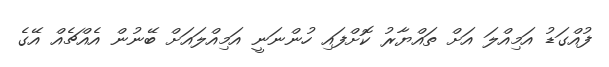
ފުއްގަޑު އަމިއްލަ އަށް ތައްޔާރު ކޮށްފައި ހުންނަނީ އަމިއްލައަށް ބޭނުން އެއްޗެއް އޭގެ